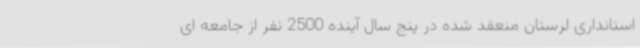
استانداری لرستان منعقد شده در پنج سال آینده 2500‌ نفر از جامعه ای